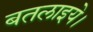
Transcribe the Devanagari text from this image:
बतलाइये।